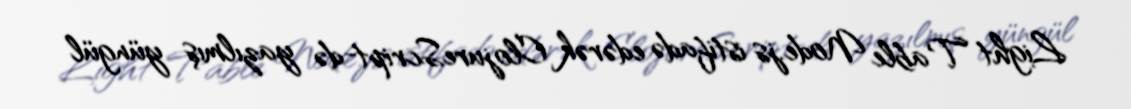
Light Table Node.js istifadə edərək ClojureScript-də yazılmış yüngül